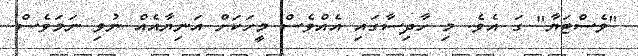
"ވެސްޓަޔާ" ގަ އެވެ. މި ހާދިސާގައި އެއްވެސް މީހަކަށް އަނިޔާއެއް ނުވި ނަމަވެސް